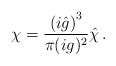
\begin{align*}\chi=\frac{\left( i{\hat g} \right)^3}{\pi (ig)^2}{\hat{\chi}}\, .\end{align*}